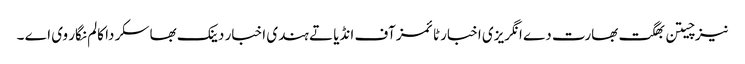
نیز چیتن بھگت بھارت دے انگریزی اخبار ٹائمز آف انڈیا تے ہندی اخبار دینک بھاسکر دا کالم نگار وی اے ۔